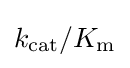
k_{\text{cat}}/K_{\mathrm {m} }